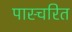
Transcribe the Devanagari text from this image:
पास्चरित